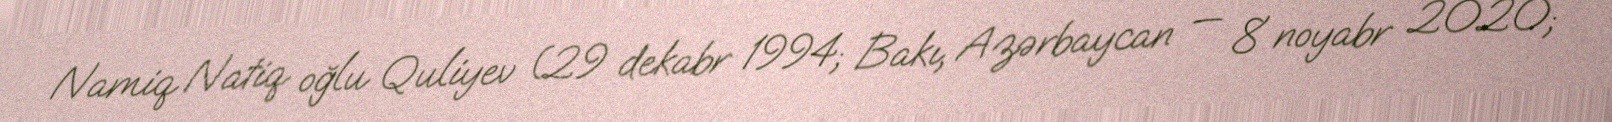
Namiq Natiq oğlu Quliyev (29 dekabr 1994; Bakı, Azərbaycan — 8 noyabr 2020;